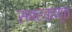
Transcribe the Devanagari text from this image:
सबरकण्ठ